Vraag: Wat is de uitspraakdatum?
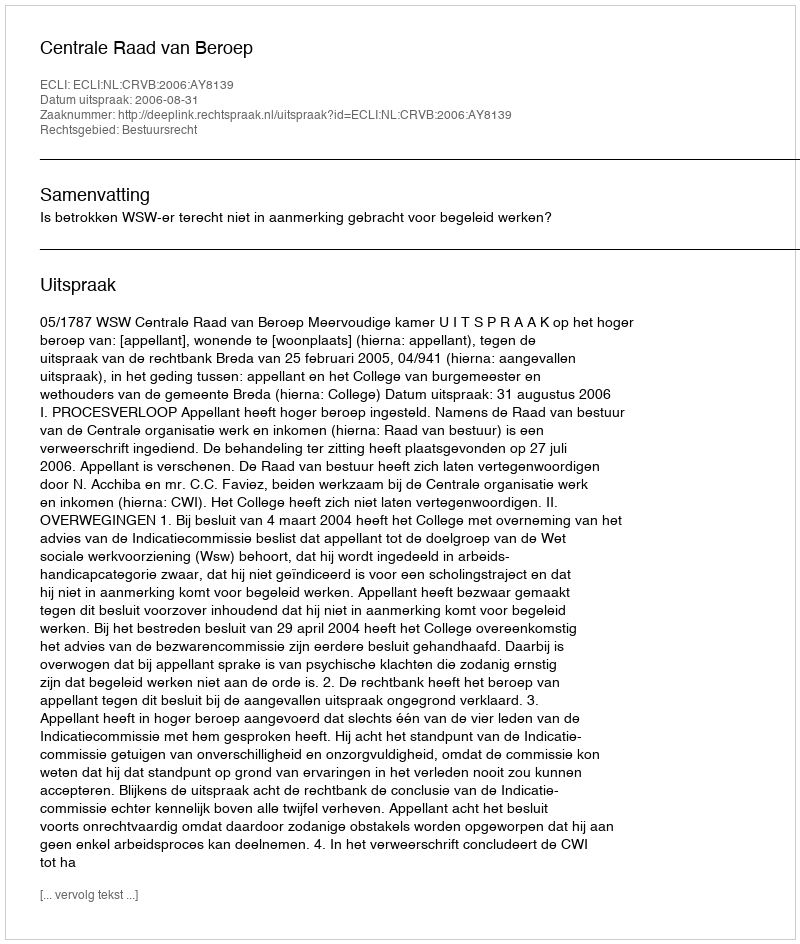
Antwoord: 2006-08-31